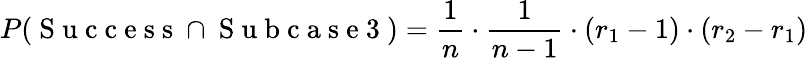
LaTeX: P(\mathrm{~S~u~c~c~e~s~s~}\cap\mathrm{~S~u~b~c~a~s~e~3~})=\frac{1}{n}\cdot\frac{1}{n-1}\cdot(r_{1}-1)\cdot(r_{2}-r_{1})